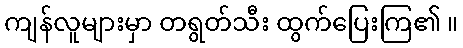
ကျန်လူများမှာ တရွတ်သီး ထွက်ပြေးကြ၏ ။